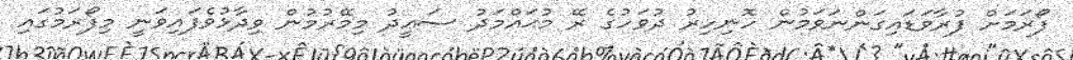
ފޯރަމަށް ފުރާވަޑައިގަންނަވަމުން ހޮނިހިރު ދުވަހުގެ ރޭ މުޙައްމަދު ސަޢީދު މިމޭރުމުން ވިދާޅުވެފައިވަނީ މިފޯރަމުގައި